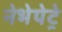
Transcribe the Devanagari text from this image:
नेभेपेट्रे